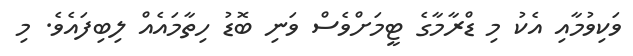
ވަކިވުމާއި އެކު މި ޑްރާމާގެ ޓީމަށްވެސް ވަނި ބޮޑު ހިތާމައެއް ލިބިފައެވެ. މި